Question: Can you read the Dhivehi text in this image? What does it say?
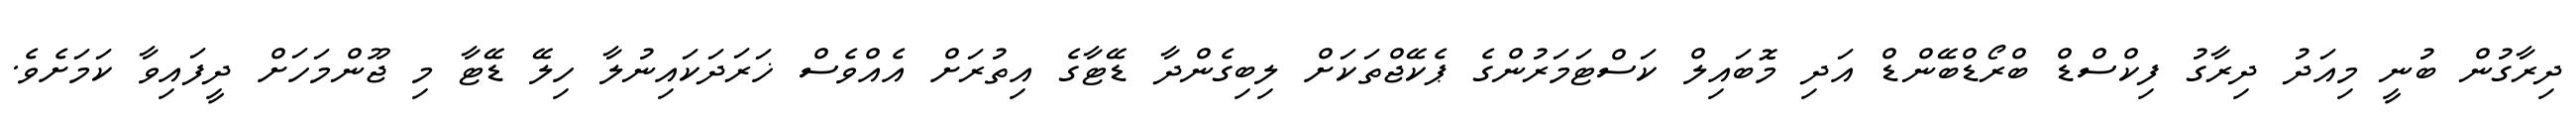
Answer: ދިރާގުން ބުނީ މިއަދު ދިރާގު ފިކްސްޑް ބްރޯޑްބޭންޑް އަދި މޮބައިލް ކަސްޓަމަރުންގެ ޕެކޭޖްތަކަށް ލިބިގެންދާ ޑޭޓާގެ އިތުރަށް އެއްވެސް ޚަރަދަކައިނުލާ ހިލޭ ޑޭޓާ މި ޖޫންމަހަށް ދީފައިވާ ކަމަށެވެ.